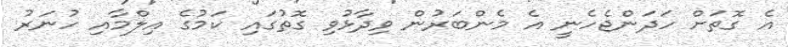
އެ ގޮތަށް ހަދަންޖެހެނީ އެ މެންބަރުން ވިދާޅުވި ގޮތުގައި ކަމުގެ އިލްމާއި ހުނަރު